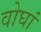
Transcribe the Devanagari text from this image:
वोघां